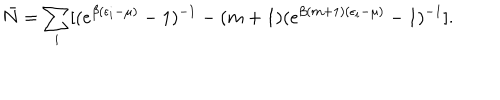
\bar { N } = \sum _ { i } [ ( e ^ { \beta ( \epsilon _ { i } - \mu ) } - 1 ) ^ { - 1 } - ( m + 1 ) ( e ^ { \beta ( m + 1 ) ( \epsilon _ { i } - \mu ) } - 1 ) ^ { - 1 } ] .